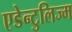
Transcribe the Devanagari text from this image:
एडेन्टुलिज्म